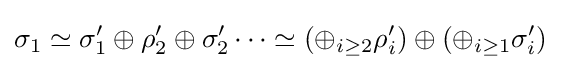
\sigma _{1}\simeq \sigma _{1}'\oplus \rho _{2}'\oplus \sigma _{2}'\cdots \simeq (\oplus _{i\geq 2}\rho _{i}')\oplus (\oplus _{i\geq 1}\sigma _{i}')